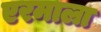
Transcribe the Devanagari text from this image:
एरमाला